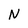
Character: N